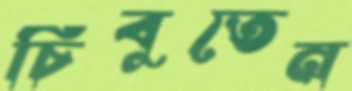
চিবুতেন